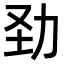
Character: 𠡍